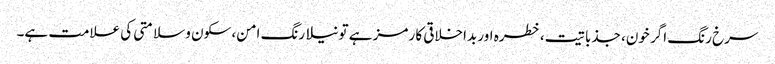
سرخ رنگ اگر خون، جذباتیت، خطرہ اور بداخلاقی کا رمز ہے تو نیلا رنگ امن، سکون و سلامتی کی علامت ہے۔